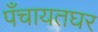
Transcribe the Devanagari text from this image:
पँचायतघर